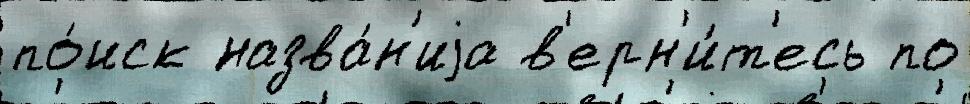
по́иск назва́н'иjа в'ерн'и́т'есь по